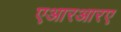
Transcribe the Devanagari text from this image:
एआरआरए